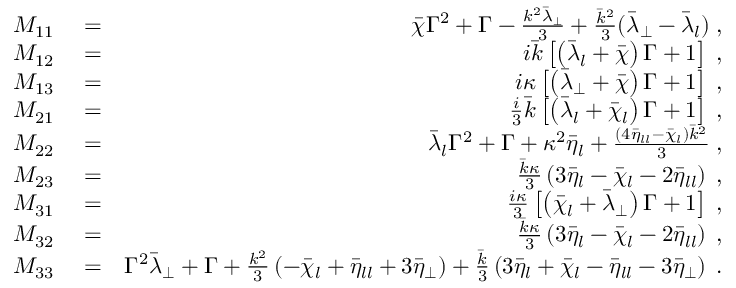
\begin{array} { r l r } { M _ { 1 1 } } & { { } = } & { \bar { \chi } \Gamma ^ { 2 } + \Gamma - \frac { k ^ { 2 } \bar { \lambda } _ { \perp } } { 3 } + \frac { \bar { k } ^ { 2 } } { 3 } ( \bar { \lambda } _ { \perp } - \bar { \lambda } _ { l } ) \; , } \\ { M _ { 1 2 } } & { { } = } & { i \bar { k } \left[ \left( \bar { \lambda } _ { l } + \bar { \chi } \right) \Gamma + 1 \right] \; , } \\ { M _ { 1 3 } } & { { } = } & { i \kappa \left[ \left( \bar { \lambda } _ { \perp } + \bar { \chi } \right) \Gamma + 1 \right] \; , } \\ { M _ { 2 1 } } & { { } = } & { \frac { i } { 3 } \bar { k } \left[ \left( \bar { \lambda } _ { l } + \bar { \chi } _ { l } \right) \Gamma + 1 \right] \; , } \\ { M _ { 2 2 } } & { { } = } & { \bar { \lambda } _ { l } \Gamma ^ { 2 } + \Gamma + \kappa ^ { 2 } \bar { \eta } _ { l } + \frac { ( 4 \bar { \eta } _ { l l } - \bar { \chi } _ { l } ) \bar { k } ^ { 2 } } { 3 } \; , } \\ { M _ { 2 3 } } & { { } = } & { \frac { \bar { k } \kappa } { 3 } \left( 3 \bar { \eta } _ { l } - \bar { \chi } _ { l } - 2 \bar { \eta } _ { l l } \right) \; , } \\ { M _ { 3 1 } } & { { } = } & { \frac { i \kappa } { 3 } \left[ \left( \bar { \chi } _ { l } + \bar { \lambda } _ { \perp } \right) \Gamma + 1 \right] \; , } \\ { M _ { 3 2 } } & { { } = } & { \frac { \bar { k } \kappa } { 3 } \left( 3 \bar { \eta } _ { l } - \bar { \chi } _ { l } - 2 \bar { \eta } _ { l l } \right) \; , } \\ { M _ { 3 3 } } & { { } = } & { \Gamma ^ { 2 } \bar { \lambda } _ { \perp } + \Gamma + \frac { k ^ { 2 } } { 3 } \left( - \bar { \chi } _ { l } + \bar { \eta } _ { l l } + 3 \bar { \eta } _ { \perp } \right) + \frac { \bar { k } } { 3 } \left( 3 \bar { \eta } _ { l } + \bar { \chi } _ { l } - \bar { \eta } _ { l l } - 3 \bar { \eta } _ { \perp } \right) \; . } \end{array}